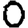
Digit: 0